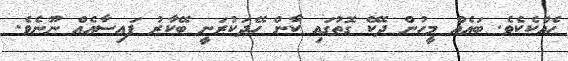
ހެއްކެކެވެ. ބައެއް މީހުން ދެކޭ ގޮތުގައި ކާން ހޭދަކުރަނީ ބޭކާރު ފައިސާއެއް ނޫނެވެ.